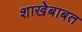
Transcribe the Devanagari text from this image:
शाखेबाबत